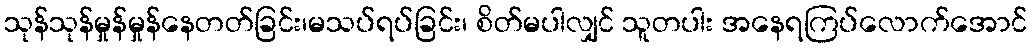
သုန်သုန်မှုန်မှုန်နေတတ်ခြင်း၊မသပ်ရပ်ခြင်း၊ စိတ်မပါလျှင် သူတပါး အနေရကြပ်လောက်အောင်